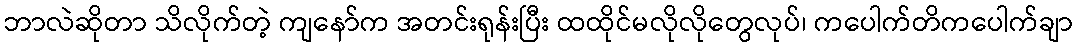
ဘာလဲဆိုတာ သိလိုက်တဲ့ ကျနော်က အတင်းရုန်းပြီး ထထိုင်မလိုလိုတွေလုပ်၊ ကပေါက်တိကပေါက်ချာ